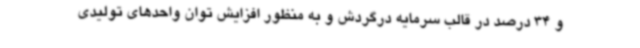
و 34 درصد در قالب سرمایه درگردش و به منظور افزایش توان واحدهای تولیدی